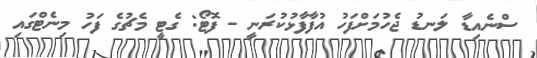
ސްނެއިޑާ ލަނޑު ޖެހުމަށްފަހު އުފާފާޅުކުރަނީ - ފޮޓޯ: ގެޓީ މެޗުގެ ފަހު މިނެޓްގައި